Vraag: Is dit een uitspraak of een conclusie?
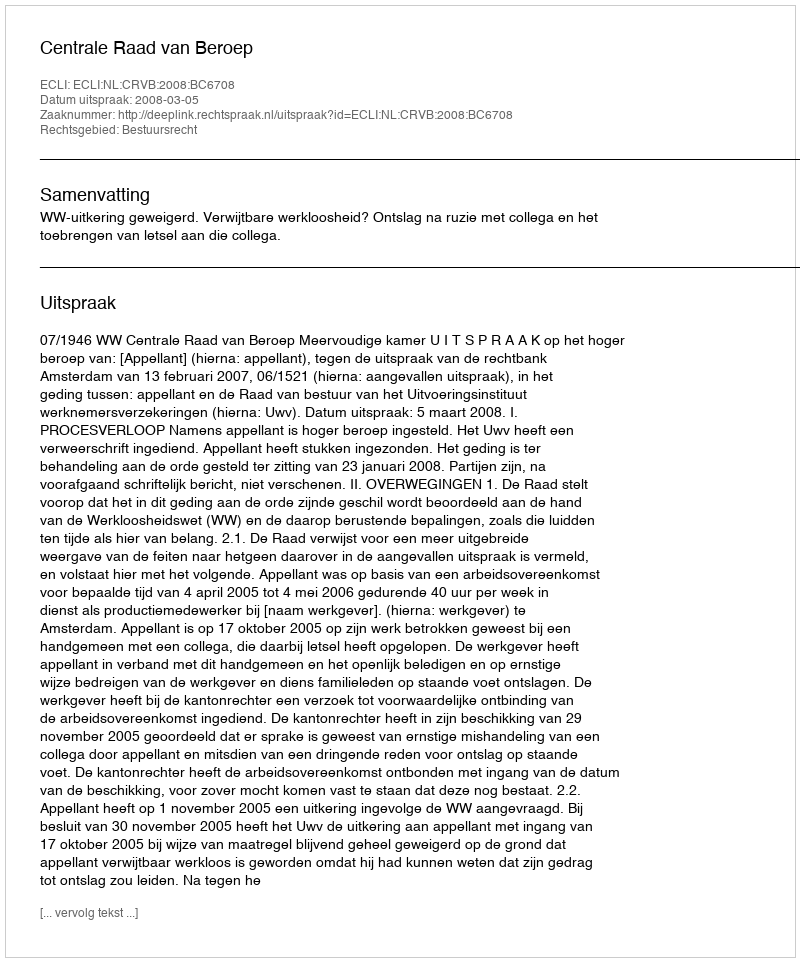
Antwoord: Uitspraak